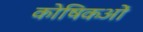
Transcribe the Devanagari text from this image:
कोषिकओं